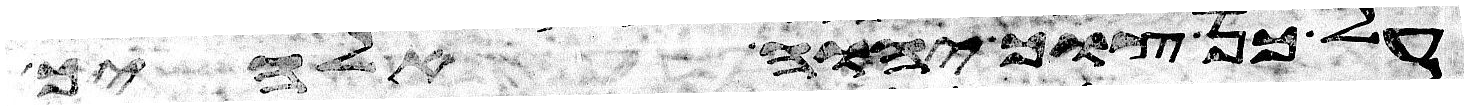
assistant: על כן צוך יהוה אלהיך